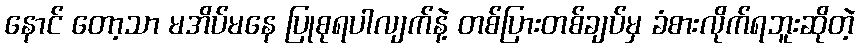
နောင် တော့သာ မအိပ်မနေ ပြုစုရပါလျက်နဲ့ တစ်ပြားတစ်ချပ်မှ ခံစားလိုက်ရဘူးဆိုတဲ့